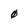
Character: 0